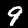
Label: 9